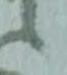
候